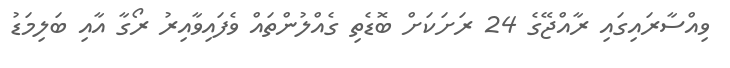
ވިއްސާރައިގައި ރާއްޖޭގެ 24 ރަށަކަށް ބޮޑެތި ގެއްލުންތައް ވެފައިވާއިރު ރޯގާ އާއި ބަލިމަޑު